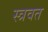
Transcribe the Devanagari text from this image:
स्त्रवत